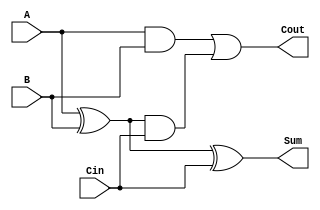
`timescale 1ns / 1ps
//////////////////////////////////////////////////////////////////////////////////
// Company: 
// Engineer: 
// 
// Design Name: 
// Module Name: labA
// Project Name: 
// Target Devices: 
// Tool Versions: 
// Description: 
// 
// Dependencies: 
// 
// Revision:
// Revision 0.01 - File Created
// Additional Comments:
// 
//////////////////////////////////////////////////////////////////////////////////


module FullAdder( A , B , Cin , Cout , Sum);
    
    input A , B , Cin;
    output Cout , Sum;
    wire s1 , c1 , c2 ;
    
    //<logic operation> <variable name> (output , input , input)
    xor    xo1 (s1 , A , B);
    and     a1  (c1 , A , B);
    and     a2  (c2 , s1 , Cin);
    xor    xo2 (Sum , s1 , Cin);
    or      o1  (Cout , c1 , c2);
    
endmodule